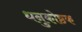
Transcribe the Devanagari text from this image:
धनुकोष्ठक